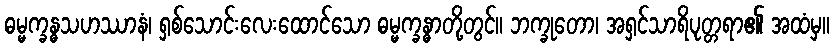
ဓမ္မက္ခန္ဓသဟဿာနံ၊ ရှစ်သောင်းလေးထောင်သော ဓမ္မက္ခန္ဓာတို့တွင်။ ဘက္ခုတော၊ အရှင်သာရိပုတ္တရာ၏ အထံမှ။